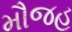
મૌજહ